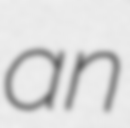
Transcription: an